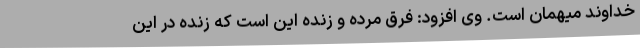
خداوند میهمان است. وی افزود: فرق مرده و زنده این است که زنده در این